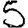
Digit: 5